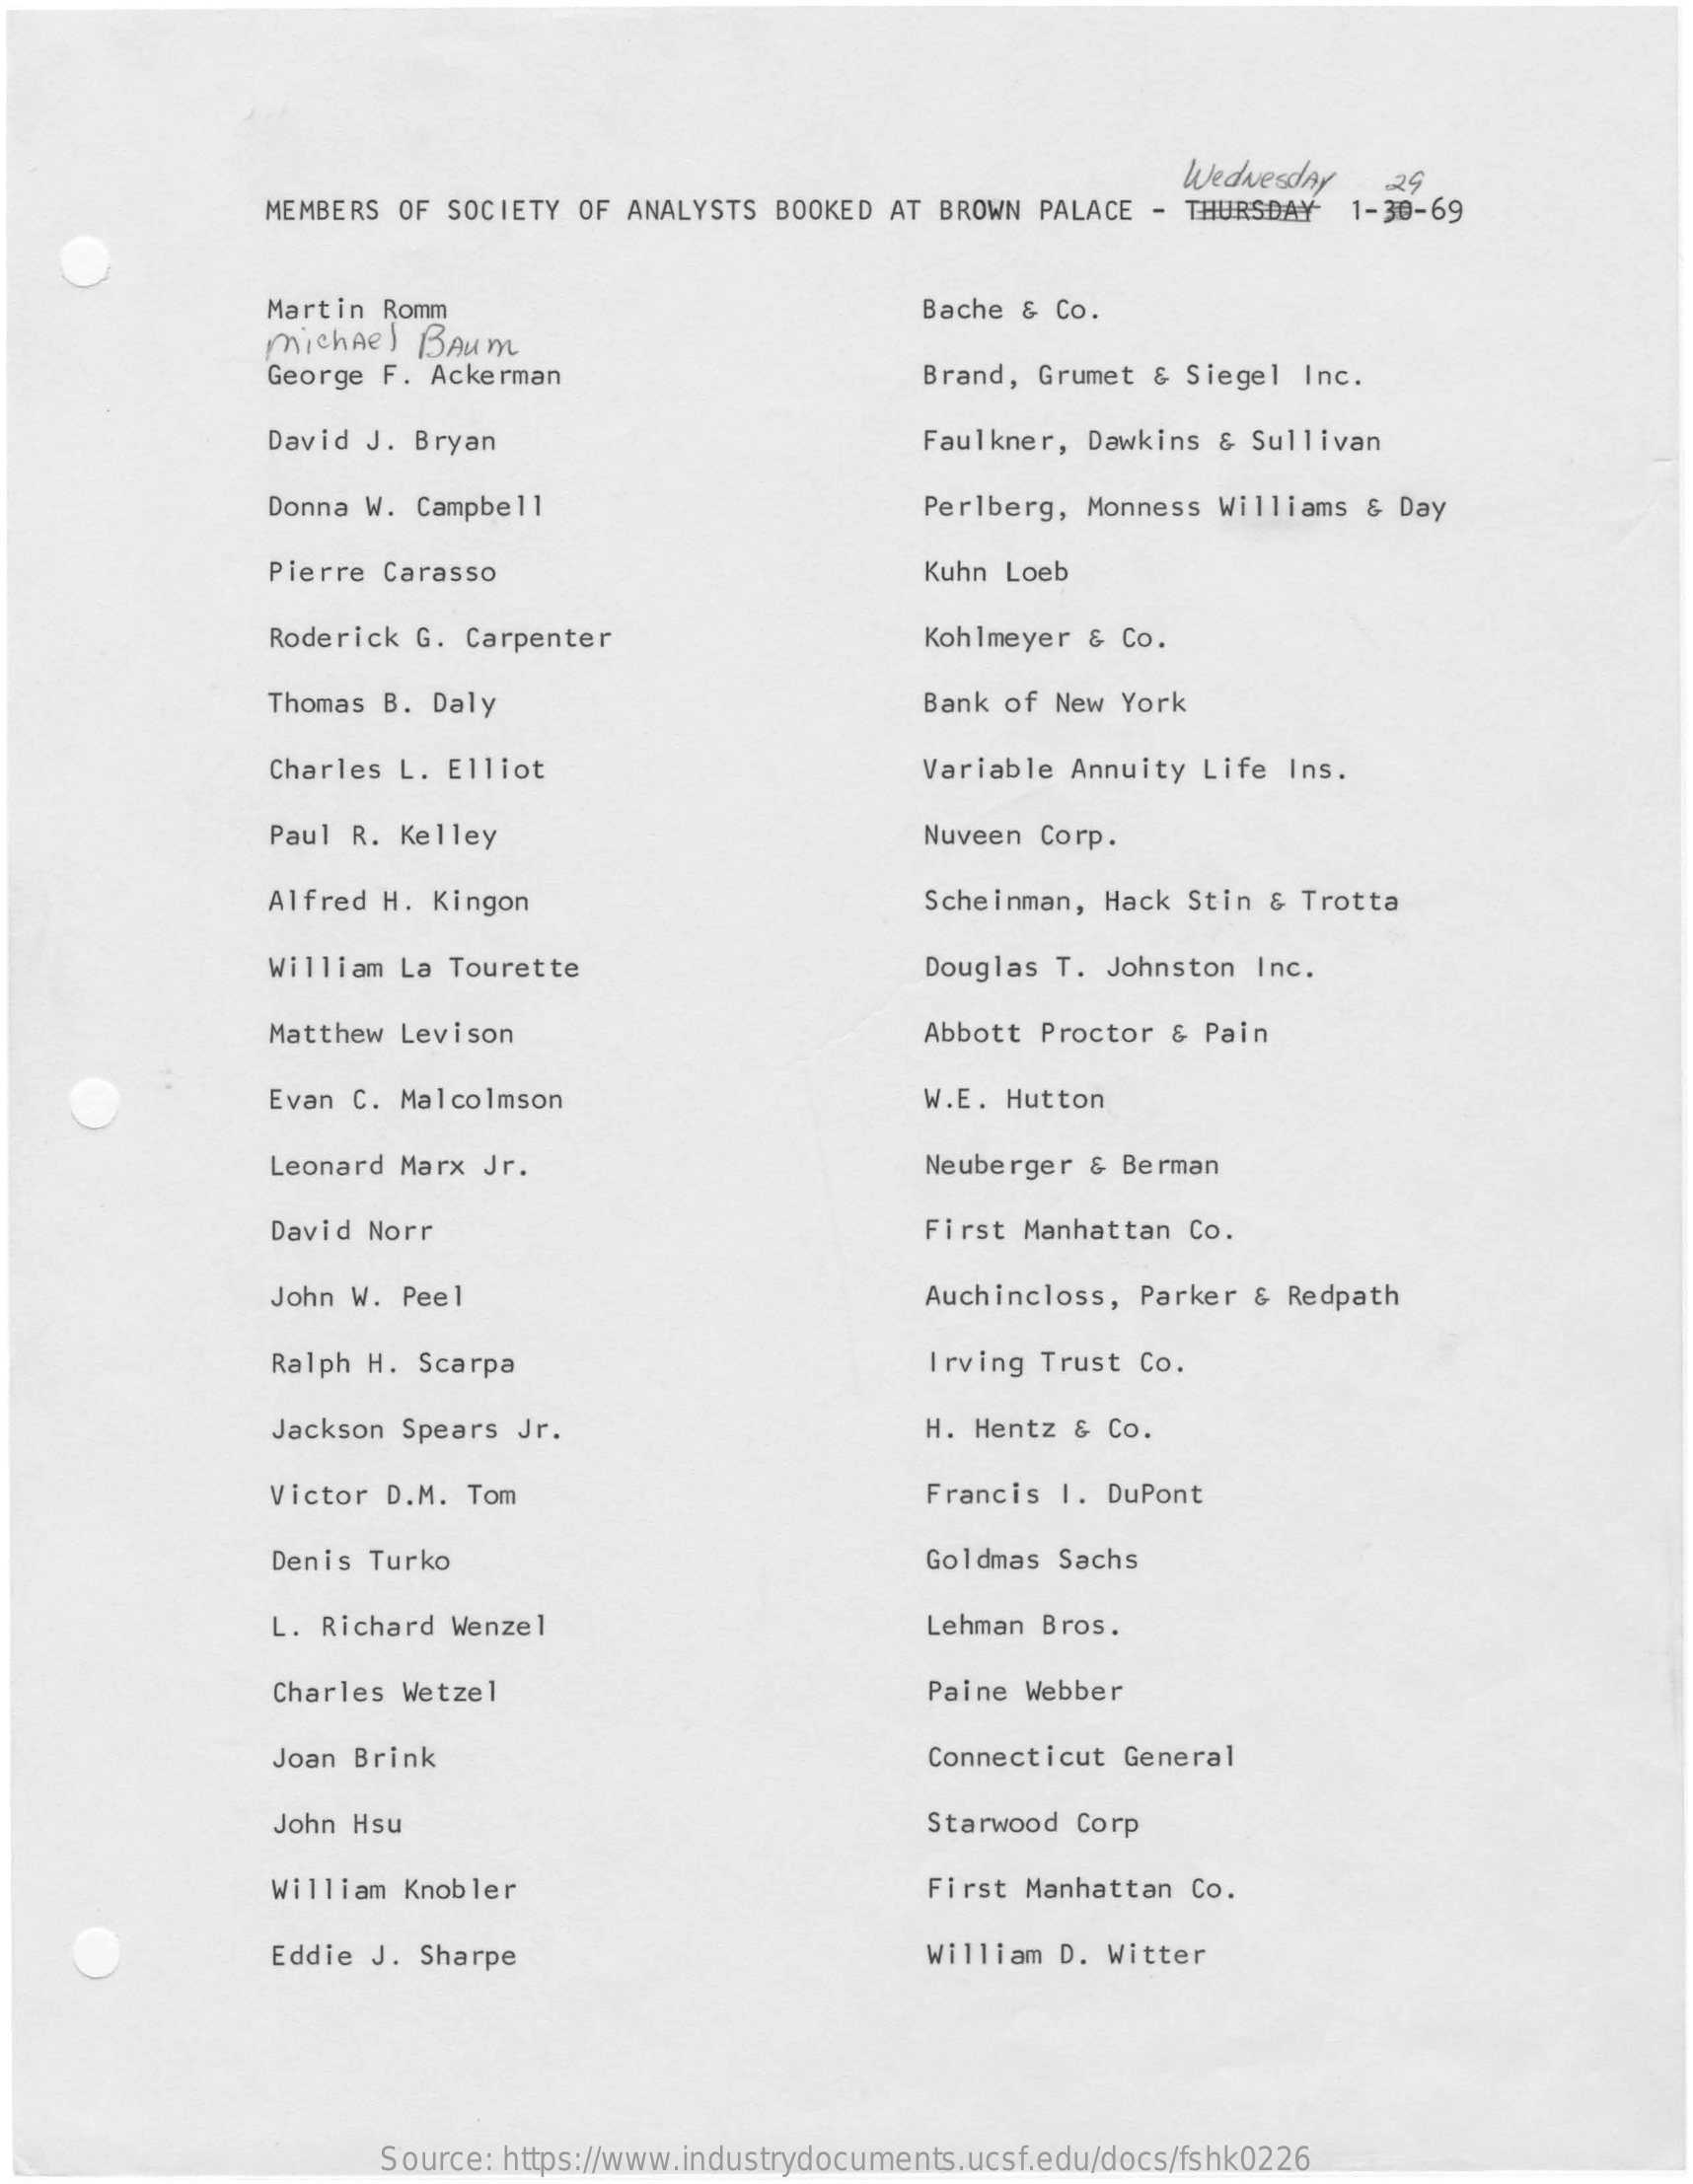
Wednesday
     MEMBERS OF SOCIETY OF ANALYSTS BOOKED AT BROWN PALACE - THURSDAY 1-30-69
     29
     Martin Romm    Bache & Co.
     michael BAum
     George F. Ackerman    Brand, Grumet & Siegel Inc.
     David J. Bryan    Faulkner, Dawkins & Sullivan
     Donna W. Campbell    Perlberg, Monness Williams & Day
     Pierre Carasso    Kuhn Loeb
     Roderick G. Carpenter    Kohlmeyer & Co.
     Thomas B. Daly    Bank of New York
     Charles L. Elliot    Variable Annuity Life Ins.
     Paul R. Kelley    Nuveen Corp.
     Alfred H. Kingon    Scheinman, Hack Stin & Trotta
     William La Tourette    Douglas T. Johnston Inc.
     Matthew Levison    Abbott Proctor & Pain
     Evan C. Malcolmson    W.E. Hutton
     Leonard Marx Jr.    Neuberger & Berman
     David Norr    First Manhattan Co.
     John W. Peel    Auchincloss, Parker & Redpath
     Ralph H. Scarpa    Irving Trust Co.
     Jackson Spears Jr.    H. Hentz & Co.
     Victor D.M. Tom    Francis I. DuPont
     Denis Turko    Goldmas Sachs
     L. Richard Wenzel    Lehman Bros.
     Charles Wetzel    Paine Webber
     Joan Brink    Connecticut General
     John Hsu    Starwood Corp
     William Knobler    First Manhattan Co.
     Eddie J. Sharpe    William D. Witter
     Source: https://www.industrydocuments.ucsf.edu/docs/fshk0226